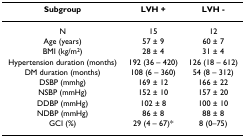
<table><thead><tr><td><b>Subgroup</b></td><td><b>LVH +</b></td><td><b>LVH -</b></td></tr></thead><tbody><tr><td>N</td><td>15</td><td>12</td></tr><tr><td>Age (years)</td><td>57 ± 9</td><td>60 ± 7</td></tr><tr><td>BMI (kg/m<sup>2</sup>)</td><td>28 ± 4</td><td>31 ± 4</td></tr><tr><td>Hypertension duration (months)</td><td>192 (36 – 420)</td><td>126 (18 – 612)</td></tr><tr><td>DM duration (months)</td><td>108 (6 – 360)</td><td>54 (8 – 312)</td></tr><tr><td>DSBP (mmhg)</td><td>169 ± 12</td><td>166 ± 22</td></tr><tr><td>NSBP (mmHg)</td><td>152 ± 10</td><td>157 ± 20</td></tr><tr><td>DDBP (mmHg)</td><td>102 ± 8</td><td>100 ± 10</td></tr><tr><td>NDBP (mmHg)</td><td>86 ± 8</td><td>88 ± 8</td></tr><tr><td>GCI (%)</td><td>29 (4 – 67)*</td><td>8 (0–75)</td></tr></tbody></table>